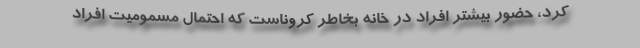
کرد، حضور بیشتر افراد در خانه بخاطر کروناست که احتمال مسمومیت افراد